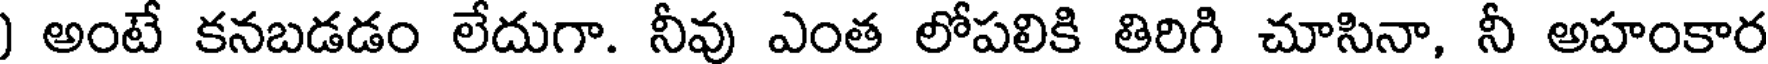
) అంటే కనబడడం లేదుగా. నీవు ఎంత లోపలికి తిరిగి చూసినా, నీ అహంకార